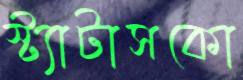
স্ট্যাটাসকো